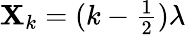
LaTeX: \mathbf{X}_{k}=(k-\textstyle\frac{1}{2})\lambda